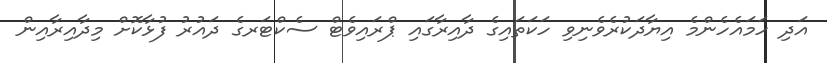
އަދި ހަމައެހެންމެ އިޔާދަކުރެވެނިވި ހަކަތައިގެ ދާއިރާގައި ޕްރައިވެޓް ސެކްޓަރގެ ދައުރު ފުޅާކޮށް މިދާއިރާއިން